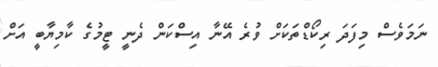
ނަމަވެސް މިފަދަ ރިކޯޑްތަކަށް ވުރެ އޭނާ އިސްކަން ދެނީ ޓީމުގެ ކާމިޔާބީ އަށް